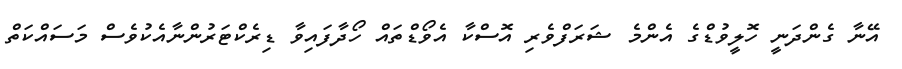
އޭނާ ގެންދަނީ ހޮލީވުޑްގެ އެންމެ ޝަރަފްވެރި އޮސްކާ އެވޯޑްތައް ހޯދާފައިވާ ޑިރެކްޓަރުންނާއެކުވެސް މަސައްކަތް